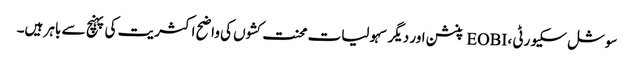
سوشل سکیورٹی ، EOBI پنشن اور دیگر سہولیات محنت کشوں کی واضح اکثریت کی پہنچ سے باہر ہیں۔